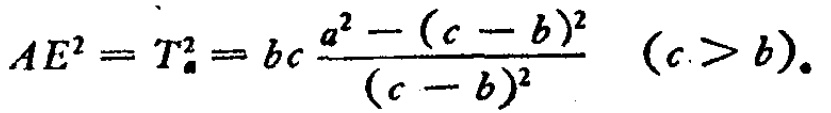
\[AE^{2}=T_{a}^{2}=bc\frac{a^{2}-(c - b)^{2}}{(c - b)^{2}}\quad (c>b).\]